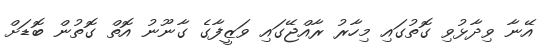
އޭނާ ވިދާޅުވި ގޮތުގައި މިހާރު ރާއްޖޭގައި ވަޒީފާގެ ގާނޫނު އޮތް ގޮތުން ބޮޑަށް